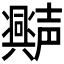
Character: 𫯆